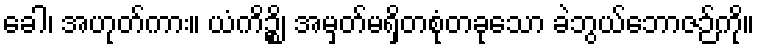
ခေါ၊ အဟုတ်ကား။ ယံကိဉ္စိ၊ အမှတ်မရှိတစုံတခုသော ခဲဘွယ်ဘောဇဉ်ကို။